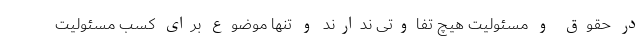
در حقوق و مسئولیت هیچ تفاوتی ندارند و تنها موضوع برای کسب مسئولیت